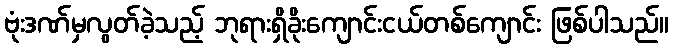
ဗုံးဒဏ်မှလွတ်ခဲ့သည့် ဘုရားရှိခိုးကျောင်းငယ်တစ်ကျောင်း ဖြစ်ပါသည်။